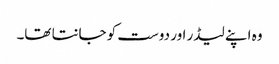
وہ اپنے لیڈر اور دوست کو جانتا تھا۔